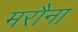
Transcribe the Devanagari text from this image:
मरौना